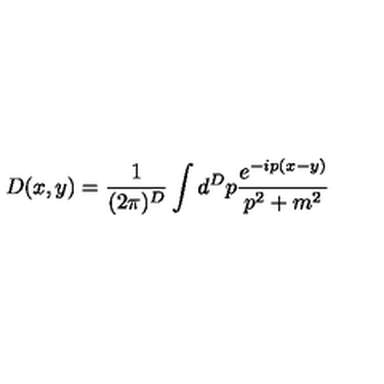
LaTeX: D ( x , y ) = \frac { 1 } { ( 2 \pi ) ^ { D } } \int d ^ { D } p \frac { e ^ { - i p ( x - y ) } } { p ^ { 2 } + m ^ { 2 } }